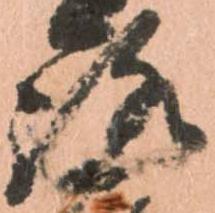
路